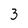
Character: 3